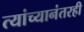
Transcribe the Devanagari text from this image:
त्यांच्यानंतरही